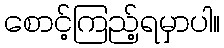
စောင့်ကြည့်ရမှာပါ။